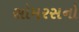
સોમરસનો